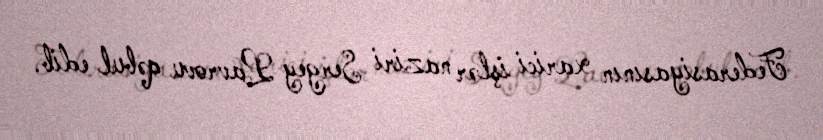
Federasiyasının xarici işlər naziri Sergey Lavrovu qəbul edib.